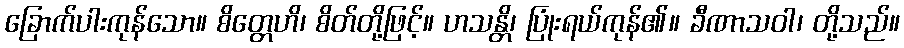
ခြောက်ပါးကုန်သော။ စိတ္တေဟိ၊ စိတ်တို့ဖြင့်။ ဟသန္တိ၊ ပြုံးရယ်ကုန်၏။ ခီဏာသဝါ၊ တို့သည်။